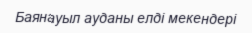
Баянауыл ауданы елді мекендері